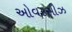
ઓવરસીઝ